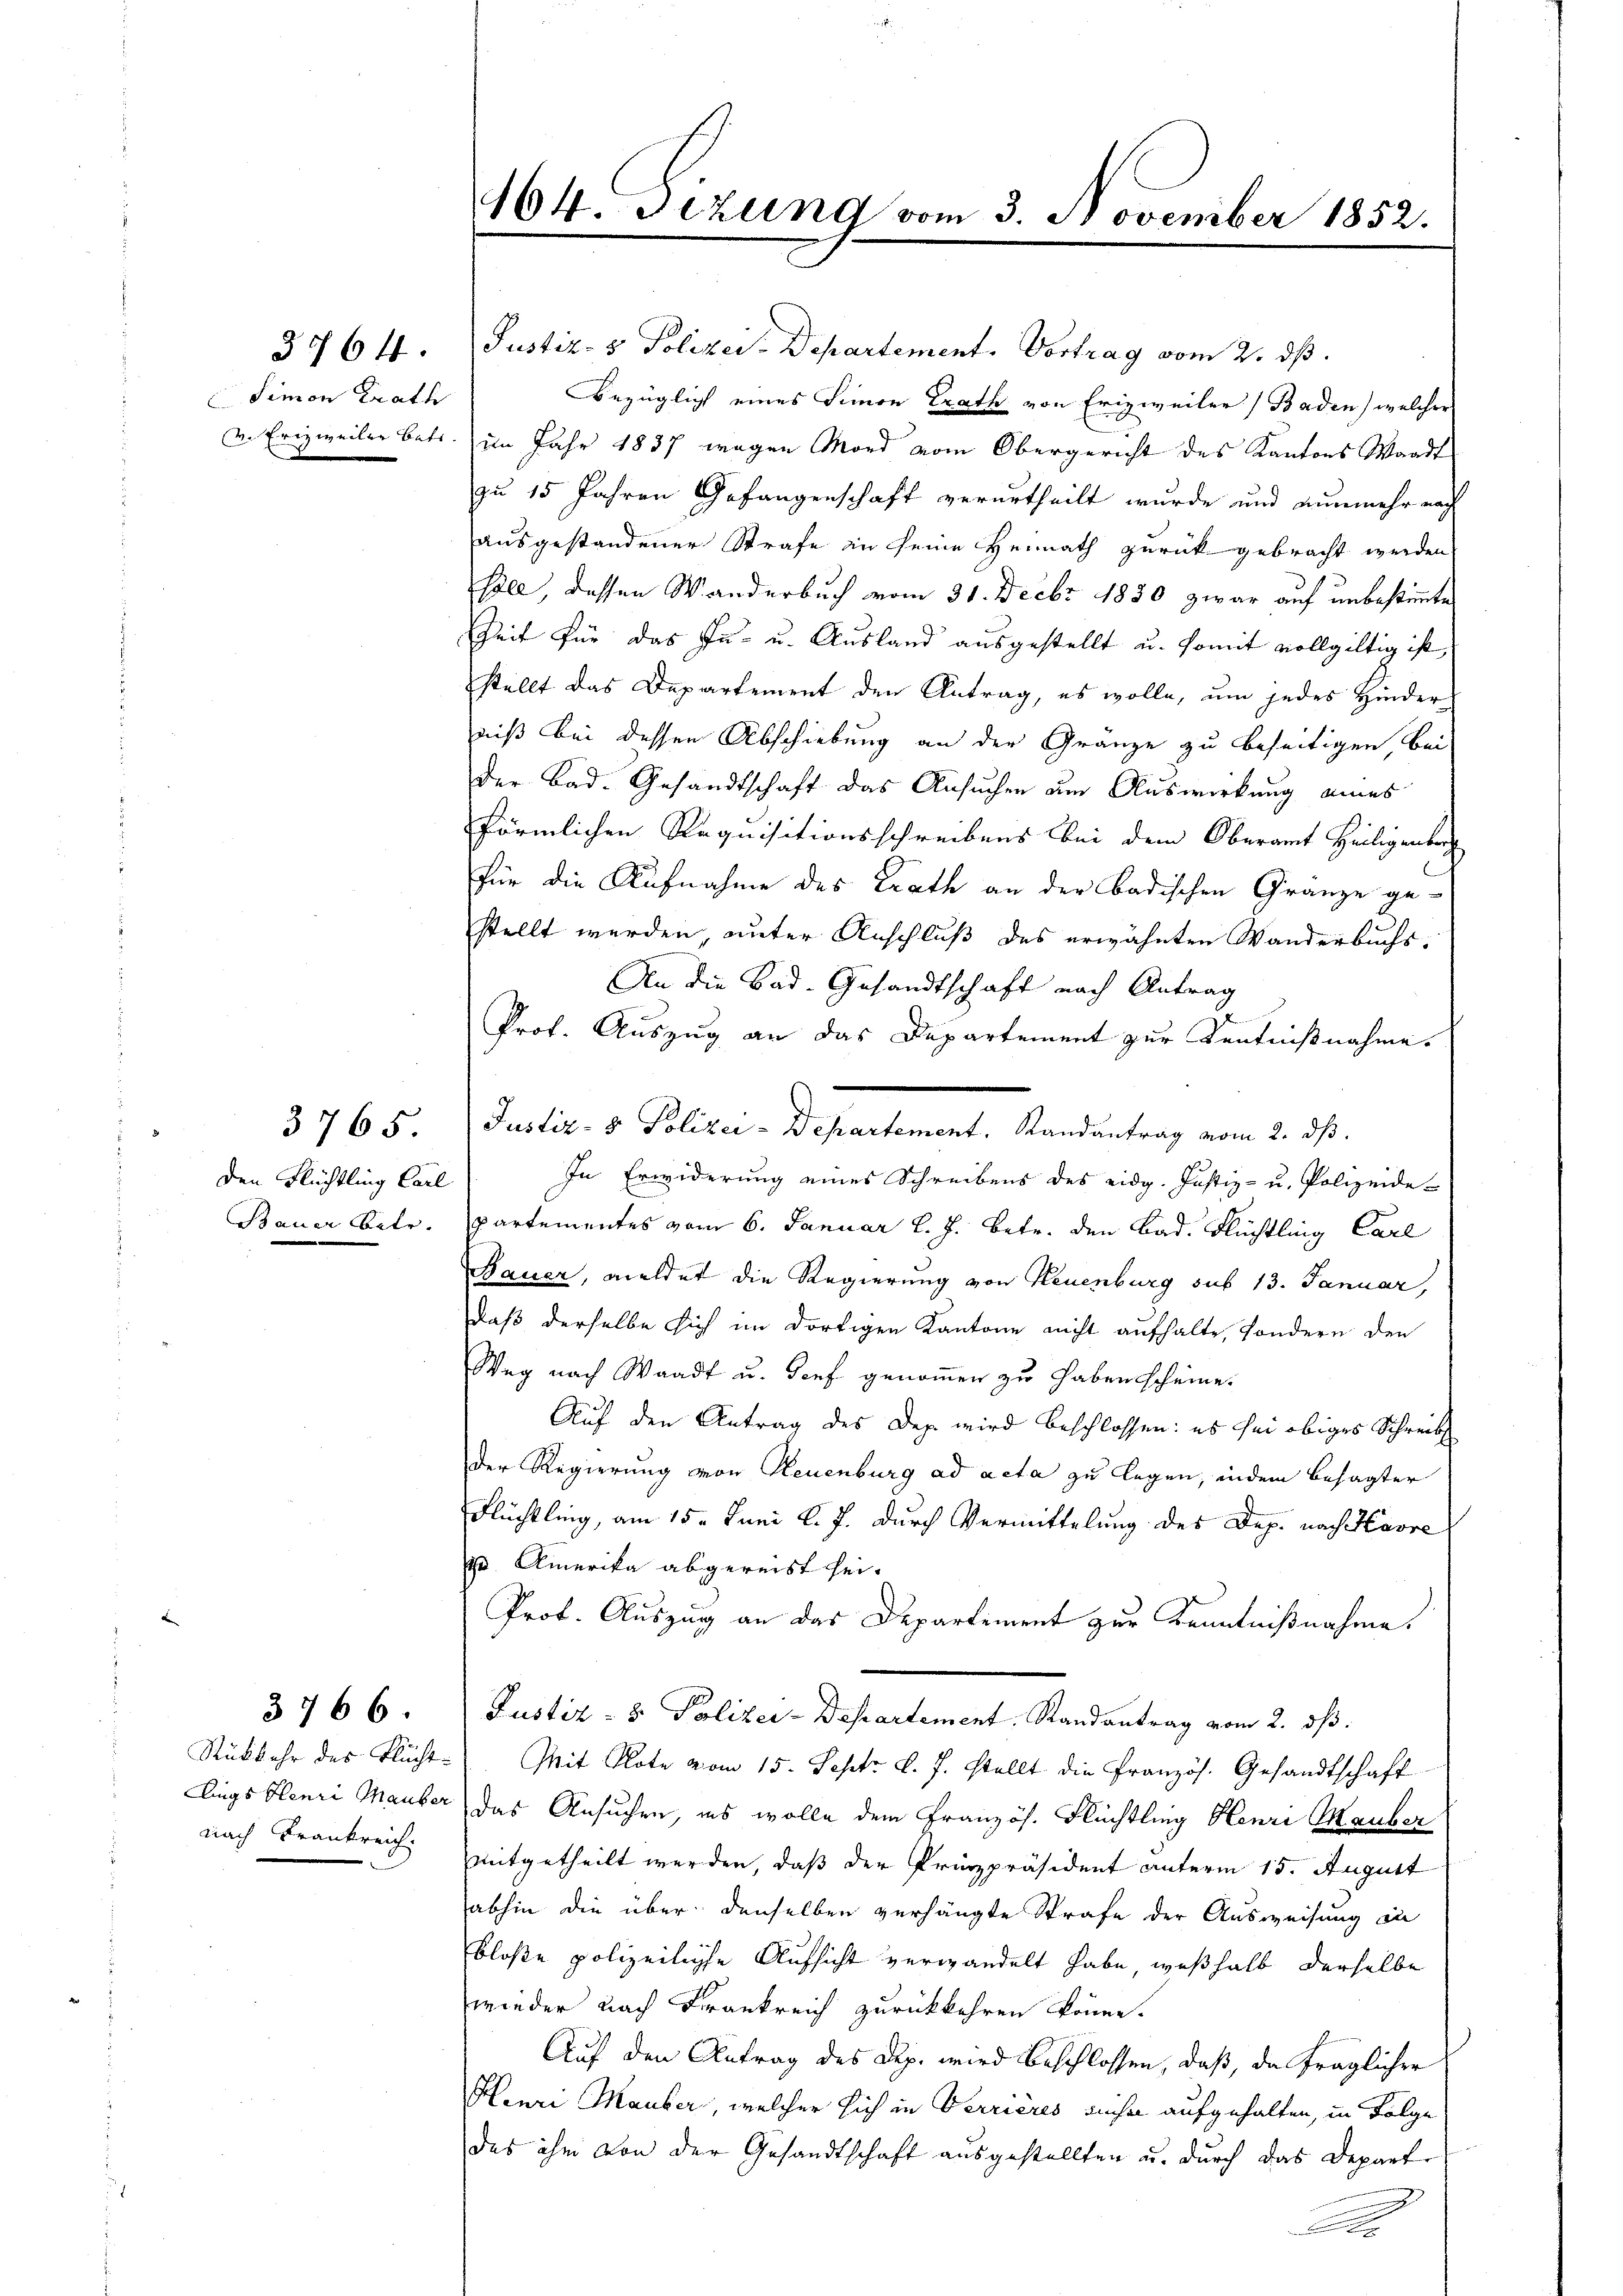
Simon trath

3764.

den Flüchtling Carl
Bauer betr.

3765

3766.

nach Frankreich.

Justiz- & Polizei-Departement. Vortrag vom 2. ds.
Bezüglich eines Simon trath von Frizweiler Baden) welcher
v. Frizweiler betr. im Jahr 1837 wegen Mord vom Obergericht des Kantons Waadt
zu 15 Jahren Gefangenschaft verurtheilt wurde und nunmehr nach
ausgestandener Strafe in seine Heimath zurück gebracht werden
soll, dessen Wanderbuch vom 31. Decbr 1880 zwar auf unbestimmte
Zeit für das In- u. Ausland ausgestellt u. somit vollgültig ist
stellt das Departement den Antrag, es wolle, um jedes Hinder
niß bei dessen Abschiebung an der Gränze zu beseitigen, bei
der Bad. Gesandtschaft das Ansuchen am Auswirkung eines
förmlichen Requisitionsschreibens bei dem Oberamt Heiligenber
Für die Aufnahme des Erath an der badischen Gränze ge-
stellt werden, unter Anschluß des erwähnten Wanderbuchs¬
An die Bad. Gesandtschaft nach Antrag
Prof. Auszug an das Departement zur Kenntnißnahme.
In Erwiderung eines Schreibens des eidg. Justiz- u. Polizeide-
partementes vom 6. Januar l. J. betr. den Bad. Flüchtling Carl
Bauer, melder die Regierung von Neuenburg sub 13. Januar,
daß derselbe sich im dortigen Kantone nicht aufhalte, sondern den
Weg nach Waadt u. Torf genom̅en zu habenscheine.
Auf den Antrag des Dep. wird beschlossen: es sei obiges Schreib
der Regierung von Neuenburg ad acta zu legen, indem besagter
Flüchtling, am 15. Juni l. J. durch Vermittelung des Dep. nach Harre
 Amerika abgereist sei.
Prof. Auszug an das Departement zur Kenntnißnahme
Justiz- & Polizei-Departement. Randantrag vom 2. dβ.
Rückkehr des Flücht. Mit Klote vom 15. Sept. l. J. stellt die Französ. Gesandtschaft
llings Plenri Mauber das Ansuchen, es wolle dem Französ. Flüchtling Henri Mauber
mitgetheilt werden, daß der Prinzpräsident unterm 15. August
abhin die über denselben verhängte Strafe der Ausweisung du
bloße polizeiliche Aufsicht verwandelt habe, weßhalb derselbe
wieder nach Frankreich zurückkehren könne.
Auf den Antrag des Rep. wird beschlossen, daß, da fraglicher
Henri Mauber, welcher sich in Verrières sicher aufgehalten, in Folge
das ihm von der Gesandtschaft ausgestellten u. durch das Depart
Ar

164. Jezung vom 3. November 1852.

Peclic. v. Policen Departement, Kandertrag vom 2. ds.